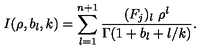
I ( \rho , b _ { l } , k ) = \sum _ { l = 1 } ^ { n + 1 } \frac { ( F _ { j } ) _ { l } \ \rho ^ { l } } { \Gamma ( 1 + b _ { l } + l / k ) } .